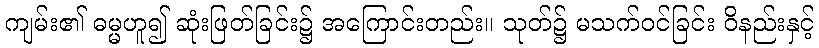
ကျမ်း၏ ဓမ္မဟူ၍ ဆုံးဖြတ်ခြင်း၌ အကြောင်းတည်း။ သုတ်၌ မသက်ဝင်ခြင်း ဝိနည်းနှင့်